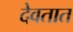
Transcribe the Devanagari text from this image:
देवतात